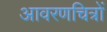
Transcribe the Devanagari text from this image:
आवरणचित्रों